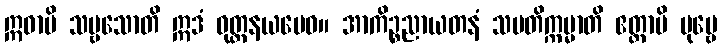
ဣဓာပိ သဗ္ဗသောတိ ဣဒံ ဝုတ္တနယမေဝ။ အာကိဉ္စညာယတနံ သမတိက္ကမ္မာတိ ဧတ္ထာပိ ပုဗ္ဗေ